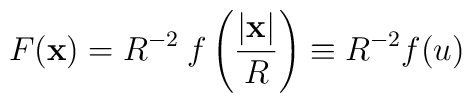
F(\mathbf{x}) = R^{-2}\:f\left({|\mathbf{x}|\over R}\right) \equiv R^{-2} f(u)